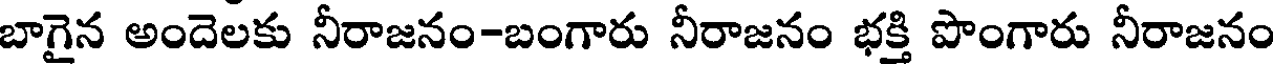
బాగైన అందెలకు నీరాజనం-బంగారు నీరాజనం భక్తి పొంగారు నీరాజనం